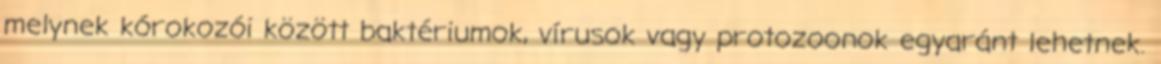
melynek kórokozói között baktériumok, vírusok vagy protozoonok egyaránt lehetnek.